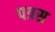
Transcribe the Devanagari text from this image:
पत्रस